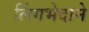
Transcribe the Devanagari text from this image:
लिंगभेदाने